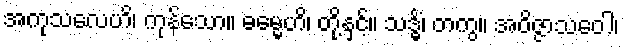
အကုသလေဟိ၊ ကုန်သော။ ဓမ္မေဟိ၊ တို့နှင့်။ သဒ္ဓိံ၊ တကွ။ အဝိဇ္ဇာသဝေါ၊